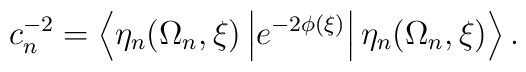
c_n^{-2}  =  \left\langle \eta_n(\Omega_n,\xi) \left|e^{-2\phi(\xi)}\right| \eta_n(\Omega_n,\xi )\right\rangle.